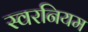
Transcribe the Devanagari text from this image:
स्वरनियम